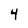
Character: 4